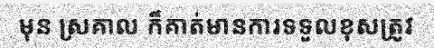
មុន ស្រគាល ក៏គាត់មានការទទួលខុសត្រូវ